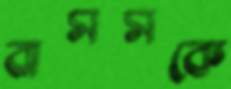
বাসসকে